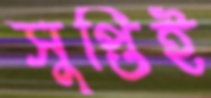
সুপ্তিই